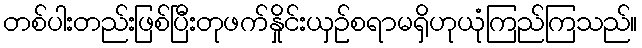
တစ်ပါးတည်းဖြစ်ပြီးတုဖက်နှိုင်းယှဉ်စရာမရှိဟုယုံကြည်ကြသည်။